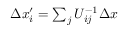
\begin{array} { r } { \Delta x _ { i } ^ { \prime } = \sum _ { j } U _ { i j } ^ { - 1 } \Delta x } \end{array}